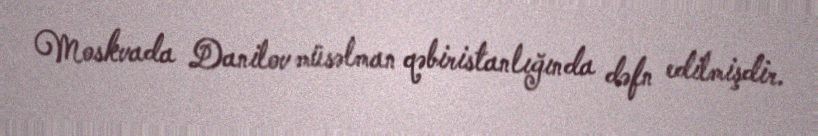
Moskvada Danilov müsəlman qəbiristanlığında dəfn edilmişdir.